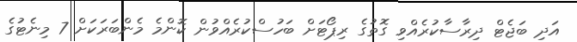
އަދި ބަޖެޓް ދިރާސާކުރެއްވި ގޮތުގެ ރިޕޯޓަށް ބަހުސްކުރެއްވުން ކޮންމެ މެންބަރަކަށް 7 މިނެޓުގެ